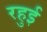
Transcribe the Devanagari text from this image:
रहुई